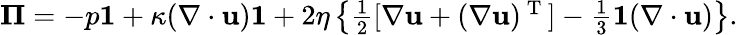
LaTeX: \begin{array}{r}{\boldsymbol{\Pi}=-p\mathbf{1}+\kappa(\nabla\cdot\mathbf{u})\mathbf{1}+2\eta\left\{ \frac{1}{2}[\nabla\mathbf{u}+(\nabla\mathbf{u})^{\mathrm{~T~}}]-\frac{1}{3}\mathbf{1}(\nabla\cdot\mathbf{u})\right\} .}\end{array}